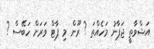
އަޝްވާތީ ޖަޕާނު މަހެއްތަ ? ރޫން މި ޕާޓް ވަރަށް ހަބޭސް ?